Lunatic asylums Madras 1892-1911 - 1892-1911
Year: 1892
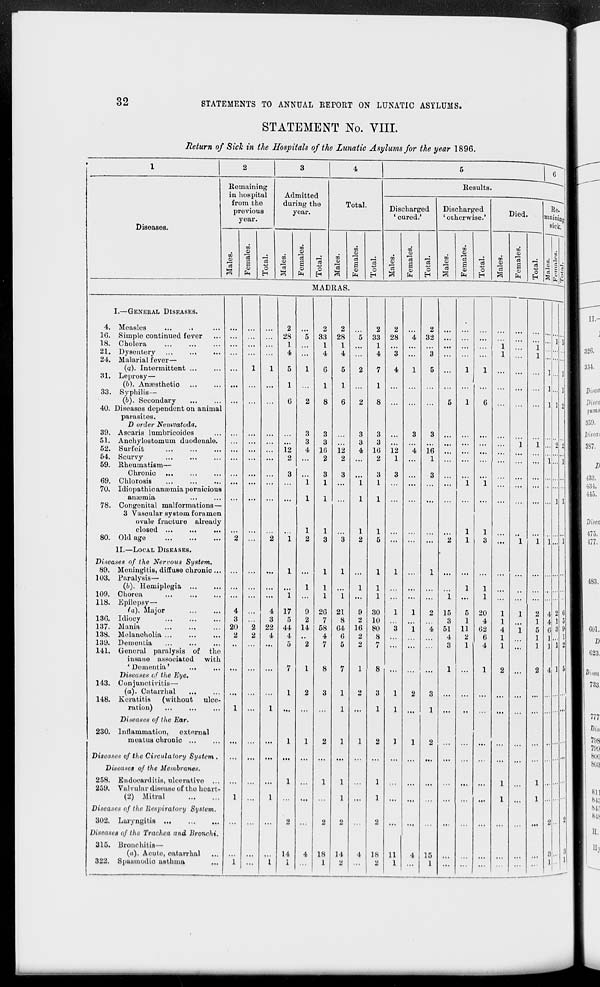
32
STATEMENTS TO ANNUAL REPORT ON LUNATIC ASYLUMS.
STATEMENT No. VIII.
Return of Sick in the Hospitals of the Lunatic Asylums for the year 1896.
2
3
4
Diseases.
Remaining
in hospital
from the
previous
year.
Admitted
during the
year.
w
o>
H
00
m
o
o>
d
03
d
s
01
a
o
o
ri
»
fa
H
3 fa
o
Total.
Results
0)
01
<x>
"3
S o
fa
o
Discharged
' cured.'
Discharged
' otherwise.'
to
o
It
3
TO
15
a
O)
fa
o
03
0)
1
fa
o
H
MADRAS.
I.—GENERAL DISEASES.
4. Measles
2
2
2
2
2
2
1G. Simple continued fever
28
5 33 28
5 33 28
4 32
...
...
18. Cholera
1
1
1
1
...
...
1
21. Dysentery
...
4
4
4
4
3
3
1
24. Malarial fever—
(q). Intermittent ...
1
1
5
1
6
5
2
7
4
1
5 ...
1
1
31, Leprosy—
(b). Anaesthetio
...
1
1
1 ...
1
...
...
...
33. Syphilis—
(b). Secondary
...
6
2
8
6
2
8
5
1
6
40. Diseases dependent on animal
parasites.
D order Nemvatoda.
39. Ascaris lumbricoides
3
3
3
3 ...
3
3 ...
...
...
51. Anchylostomum duodeuale.
...
3
3
3
3
52. Surfeit
...
...
12
4 16 12
4 16 12
4 16
...
54. Scurvy
...
...
2
2
2
2
1
1
59. Rheumatism—
Chronic
3
3
3
3
3
3
69. Chlorosis
...
1
1
1
1 ...
...
1
1
70. Idiopathic anaemia pernicious
amomia
1
1
1
1
78. Congenital malformations—
3 Vascular system foramen
ovaW fracture already
closed
1
1
1
1 ...
1
1
80. Old age
2 ...
2
i 2 3 3 2 5 ... ... ... 2 1 3 ...
11.—LOCAL DISEASES.
.
Diseases of the Nervous System.
89. Meningitis, diffuse chronic ...
I
1
1
...
1
1
...
1
...
103. Paralysis—
(6). Hemiplegia ...
...
1
1
1
1
...
1
1
109. Cliorea
I
1
1
1
1
1
118. Epilepsy—
(a). Major
4
4 17
9 2G 21
9 30
1
1
2 15
5 20
1
130. Idiocy
3
3
5
2
7
8
2 10
8
1
4
1
137. Munia
20
2 22 44 14 58 64 16 80
3
1
"i 51 11 62 4
138. Melancholia
2
2
4
4
4
6
2
8
4
2
0
1
139. Dementia
5
2
7
5
2
7 ...
3
1
4
1
141. General paralysis of the
insane associated with
' Dementia'
7
1
8
7 1 8
1
1
2
Diseases of the Eye.
143. Conjunctivitis—
(a). Oatarrhal
1
2
3
1
o
3
1
2
3 ...
148. Keratitis (without ulce-
ration)
1
...
1
...
...
1 ...
1
1 ...
1 ...
..
...
Diseases of the Ear.
230. Inflammation,
external
moatua chronic ...
...
...
1
1
2
1
1
2
1
1
2 ...
...
...
...
Diseases of the Circulatory System .
...
... ••<
...
...
...
Diseases of the Membranes.
258. Endocarditis, ulcerativo ...
1
1
1
1
1
259. Valvular disease of the heart-
(2) Mitral
1
...
1
...
1 ...
1
...
Ml
...
...
...
1
Diseases of tlie Respiratory System.
302. Laryngitis
...
...
...
2 ...
2
2
2 ...
...
Diseases of the Trachea and Bronchi.
315. Bronchitis—
(a). Acute, oatarrhal
14
4 18 14 4 18 11
4 15
322. Spasmodic asthma
1
...
1
1
1
2 ...
2
1
...
1
... ...
...
4 1